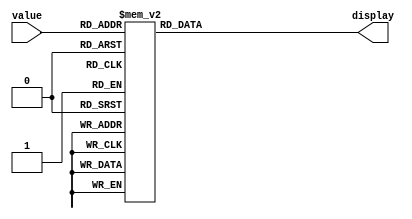
// Active-low 7-segment display driver for hex values
module seg7hexdriver ( value, display );
input wire	[ 3: 0 ] value; // hex input
output reg	[ 6: 0 ] display;

always @( value ) begin
    case ( value )
        4'h1:
            display = 7'b1111001;
        4'h2:
            display = 7'b0100100;
        4'h3:
            display = 7'b0110000;
        4'h4:
            display = 7'b0011001;
        4'h5:
            display = 7'b0010010;
        4'h6:
            display = 7'b0000010;
        4'h7:
            display = 7'b1111000;
        4'h8:
            display = 7'b0000000;
        4'h9:
            display = 7'b0011000;
        4'ha:
            display = 7'b0001000;
        4'hb:
            display = 7'b0000011;
        4'hc:
            display = 7'b1000110;
        4'hd:
            display = 7'b0100001;
        4'he:
            display = 7'b0000110;
        4'hf:
            display = 7'b0001110;
        4'h0:
            display = 7'b1000000;
    endcase
end
endmodule